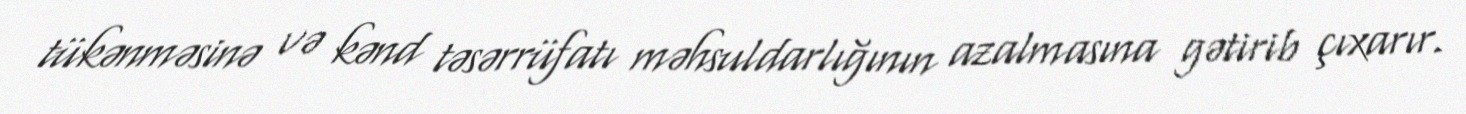
tükənməsinə və kənd təsərrüfatı məhsuldarlığının azalmasına gətirib çıxarır.